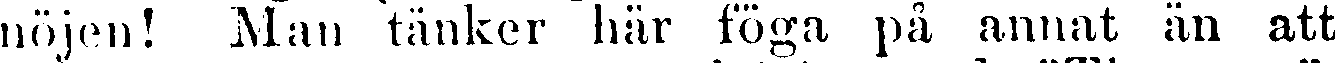
nöjen! Man tänker här föga på annat än att